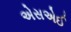
એસએઈ